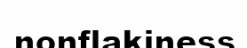
nonflakiness